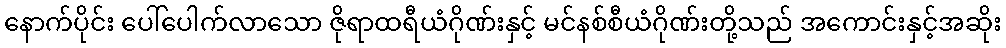
နောက်ပိုင်း ပေါ်ပေါက်လာသော ဇိုရာထရီယံဂိုဏ်းနှင့် မင်နစ်စီယံဂိုဏ်းတို့သည် အကောင်းနှင့်အဆိုး